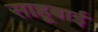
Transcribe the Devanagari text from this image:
साहूबाई